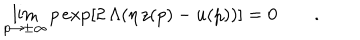
\lim _ { p \to \pm \infty } p \exp [ 2 \, \Lambda ( \eta \, z ( p ) - u ( p ) ) ] = 0 \qquad .